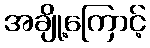
အချို့ကြောင့်